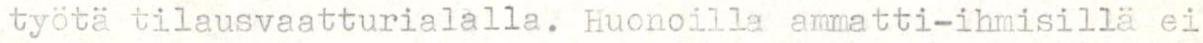
työtä tilausvaatturialalla. Huonoilla ammatti-ihmisillä ei